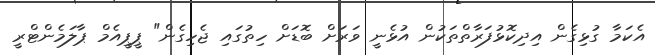
އެކަމާ ގުޅިގެން އިދިކޮޅުފަރާތްތަކުން އުޅެނީ ވަރަށް ބޮޑަށް ހިތުގައި ޖެހިގެން" ޕީޕީއެމް ޕާލަމެންޓްރީ